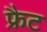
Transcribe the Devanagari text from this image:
फ्रैट